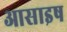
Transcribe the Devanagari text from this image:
आसाइष